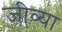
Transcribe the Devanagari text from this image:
जीव्या